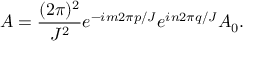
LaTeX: { \cal A } = \frac { ( 2 \pi ) ^ { 2 } } { J ^ { 2 } } e ^ { - i m 2 \pi p / J } e ^ { i n 2 \pi q / J } { \cal A } _ { 0 } .